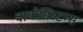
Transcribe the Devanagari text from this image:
बायोसिस्टम्स